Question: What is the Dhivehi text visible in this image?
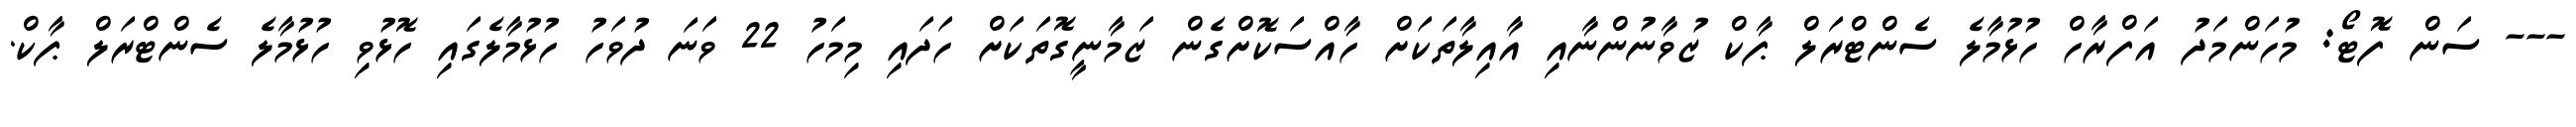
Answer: --- ސަން ފޮޓޯ: މުހަންމަދު އަފްރާހް ހުޅުމާލެ ސެންޓްރަލް ޕާކް ޒުވާނުންނާއި އާއިލާތަކަށް ހާއްސަކޮށްގެން ޒަމާނީގޮތަކަށް ހަދައި މިމަހު 22 ވަނަ ދުވަހު ހުޅުމާލެގައި ހޮޅުވި ހުޅުމާލެ ސެންޓްރަލް ޕާކް.